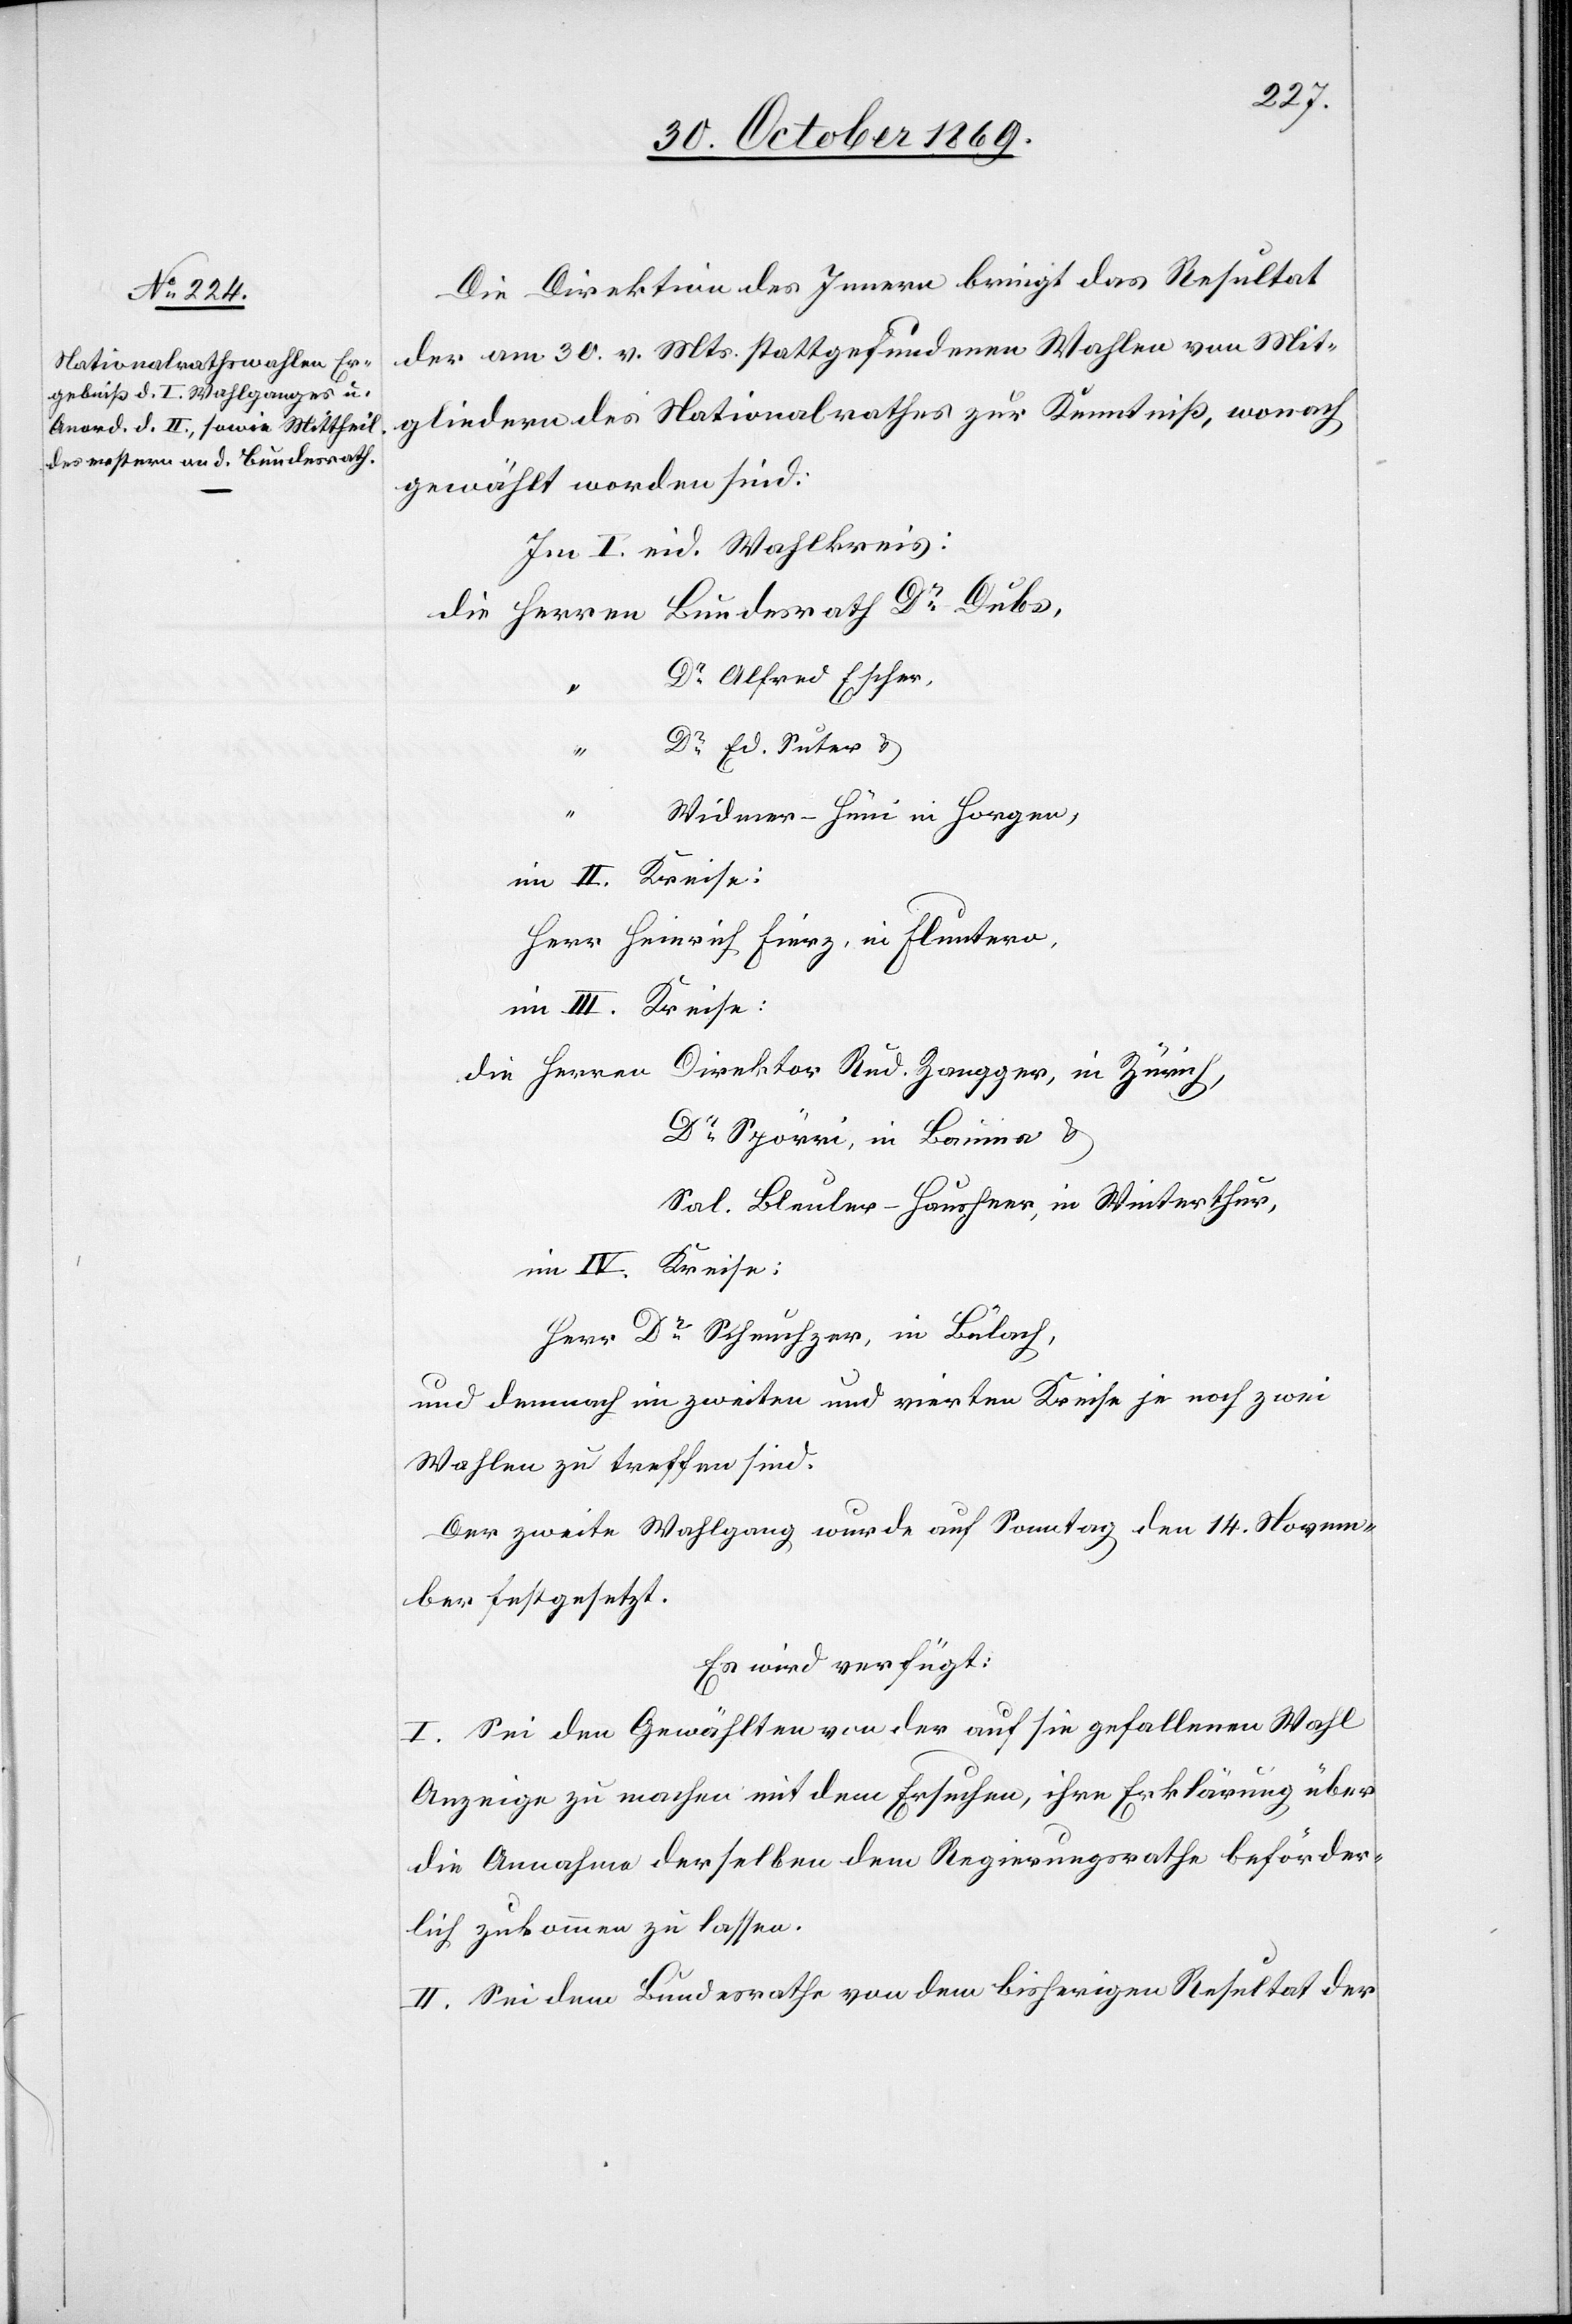
5. November 1869.]
Die Direktion des Innern bringt das Resultat
der am 30. v. Mts. stattgefundenen Wahlen von Mit¬
gliedern des Nationalrathes zur Kenntniß, wonach
gewählt worden sind:
Im I. eid. Wahlkreis:
Dr Alfred Escher,
“
Dr Ed. Suter &
Widmer-Hüni in Horgen,
im II. Kreise:
Heinrich Fierz, in Fluntern,
im III. Kreise:
Dr Spörri, in Bauma &
Sal. Bleuler-Hausheer, in Winterthur,
im IV. Kreise:
Dr Scheuchzer, in Bülach,
und demnach im zweiten und vierten Kreise je noch zwei
Wahlen zu treffen sind.
Der zweite Wahlgang wurde auf Sonntag den 14. Novem¬
ber festgesetzt.
Es wird verfügt:
I. Sei den Gewählten von der auf sie gefallenen Wahl
Anzeige zu machen mit dem Ersuchen, ihre Erklärung über
die Annahme derselben dem Regierungsrathe beförder¬
lich zukommen zu lassen.
II. Sei dem Bundesrathe von dem bisherigen Resultat der